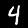
Digit: 4